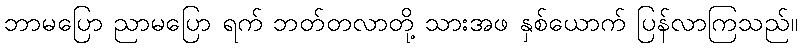
ဘာမပြော ညာမပြော ရက် ဘတ်တလာတို့ သားအဖ နှစ်ယောက် ပြန်လာကြသည်။